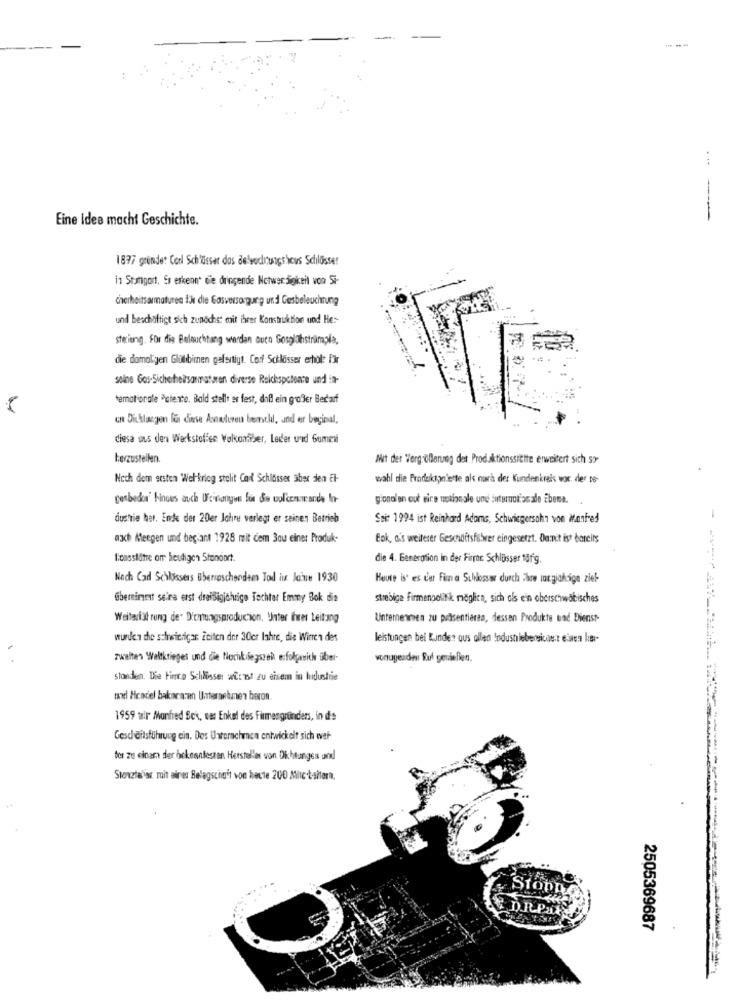
----
Eine Idee macht Geschichte.
- -- ----
1877 gründet Corl Schlösser dos Be'wechtungs hous Schlösser
in Stangort. Es erkennt die dringende Notwendigkeit von Si-
cherheitsarmaturen #3 die Gasversorgung und Gesbeleuchtung
und beschäftigt sich zunächst mit ihrer Konstruktion und He :-
steriung. Für die Beleuchtung werden duco Gosplohstrumpla,
die damaligen Glilibimen gefertigt. Conf Schlösser erhol: für
solne Gos-Sicherheitsarmaturen diverse Reichspotente und :#-
temationale Patente. Bald stellt er fest, dill ein großler Bedarf
un Dichlangen lin dinse Asnæsluren bemehl, und er buçimal,
diesa ous den Werkstoffen Walkonfiber, Leder und Sument
herzustellen.
Mit der Wergrößerunng det Produktionsstätte erweitert sith so-
Nach dem ersten Wel-krieg stolit Card Schlösser aber den El-
wahl die Produktpn'erte als nurà der Kundenkrak woc. der te-
genbedor' hinaus auch Dieinanyen los Se wolken.wande In-
gional an out eire notionale und Sutemotionale Ebene.
dustrie her, Ende der 20er Jahre verlegt er seinen Betrieb
Seit 1994 ist Reinhard Adams, Schwiegersohn von Manfred
axch Meegen und beçiant 1928 mit dem 3ou einer Produk-
Eok, o's weiterer Geschäftsfewer eingesetzt. Damit ist bereits
ficusstätre om heutigen Standort.
die 4. Generation in der Firrte Schlösser färg.
Nach Cad Schlössers Bberoschonden Tod in Janie 1930
Heute is' es c'er Fuma Surlosser durcha Show lungjahsige ziel
übernimmt seira erst dreißigjährige Tochter Emmy Bok die
strebige Firmenpolitik möglich, sich als ein oberschwäbisches
Weiterfst rung de" Dichtungsproduction, Unter Ihrer Leitung
Unternehmen zu präsentieren, dessen Produkte bad Dienst-
wurden che saineierigar Zeiten der 30er lahre, die Wirren des
leistungen bei Kunder ous ollen Industiebersicas.z einen kuss-
zweiten Weltkrieges und die Nachkriegszek erfolgenich über-
vonugeaden Rul genießen.
stonden. Die Fine Schlösser attnt zu einem in hidustrie
taxdl Hcadel bakacaren Unternehmen beron.
1959 tair Monfred Sck, ves Enkel des Firmengründers, in die
Geschäftsführung ein. Dos Unterachmen entwickelt sich weh-
ter zu cinar der bekanntesten Hersteller von Dichtunges and
Stenztaisz mit aires Belegschaft von heute 200 Mitc taitera.
Stopp
ED.RPLY
2505369687